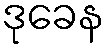
ဒုခေန